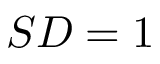
S D = 1